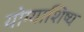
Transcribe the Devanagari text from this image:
योग्याशिष्य